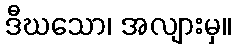
ဒီဃသော၊ အလျားမှ။